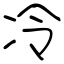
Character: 冷